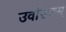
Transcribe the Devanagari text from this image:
उर्वारुकम्